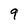
Character: 9